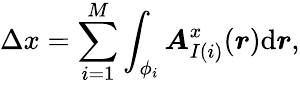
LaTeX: \Delta x=\sum_{i=1}^{M}\int_{\phi_{i}}{\boldsymbol{A}_{I(i)}^{x}(\boldsymbol{r})\mathrm{d}\boldsymbol{r}},